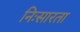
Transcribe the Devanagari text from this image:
निःसारता